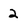
Character: 2